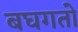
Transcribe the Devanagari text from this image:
बघगतो